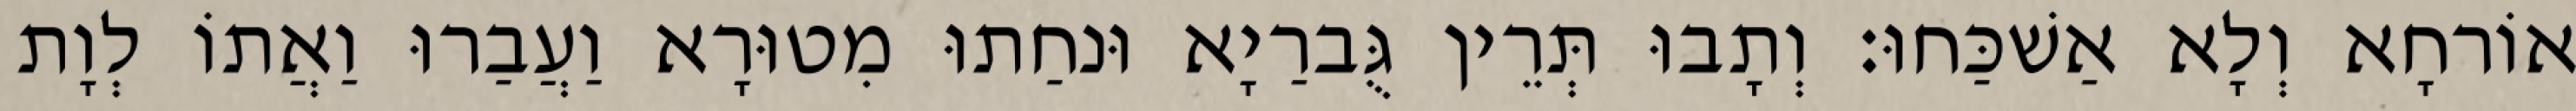
אוֹרחָא וְלָא אַשׁכַּחוּ׃ וְתָבוּ תְּרֵין גֻּברַיָא וּנחַתוּ מִטוּרָא וַעֲבַרוּ וַאֲתוֹ לְוָת